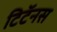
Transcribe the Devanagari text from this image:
टिटॅनस